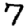
Digit: 7